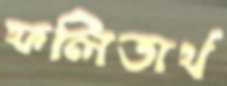
ফলিতার্থ